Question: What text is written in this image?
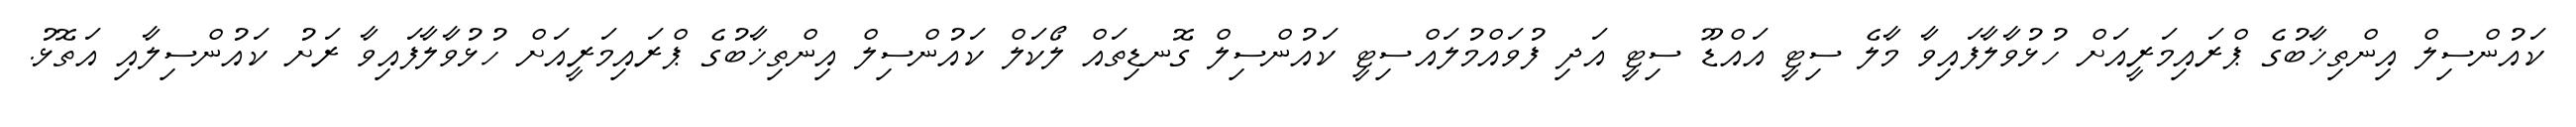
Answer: ކައުންސިލް އިންތިޚާބުގެ ޕްރައިމަރީއަށް ހުޅުވާލާފައިވާ މާލެ ސިޓީ އައްޑޫ ސިޓީ އަދި ފުވައްމުލައްސިޓީ ކައުންސިލް ގޮނޑިތައް ލޯކަލް ކައުންސިލް އިންތިޚާބުގެ ޕްރައިމަރީއަށް ހުޅުވާލާފައިވާ ރަށު ކައުންސިލާއި އަތޮޅު.